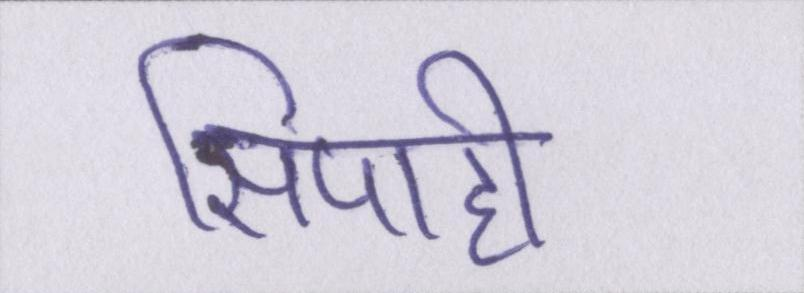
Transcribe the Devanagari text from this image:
सिपाही